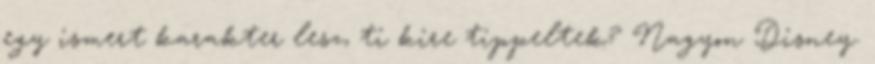
egy ismert karakter lesz, ti kire tippeltek? Nagyon Disney.